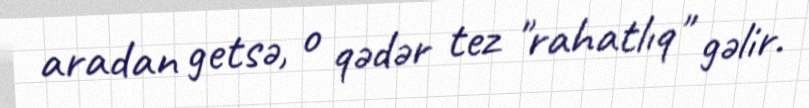
aradan getsə, o qədər tez "rahatlıq" gəlir.